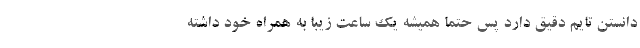
دانستن تایم دقیق دارد پس حتما همیشه یک ساعت زیبا به همراه خود داشته